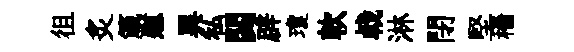
徂炙箴慰異私閟辟瓊軟㦸淋閉堅穡